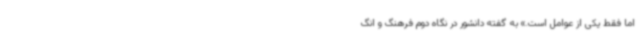
اما فقط یکی از عوامل است.» به گفته دانشور در نگاه دوم فرهنگ و انگ